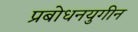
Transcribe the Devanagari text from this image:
प्रबोधनयुगीन